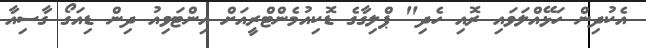
އެކުދިން ހަޅޭއްލަވައި ރޮއި ހެދި" ޕްލިގާގެ ޑޮކިއުމެންޓްރީއަށް އިންޓަވިއު ދިން ޑިއަގޯ ގާސިއާ